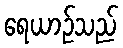
ရေယာဉ်သည်